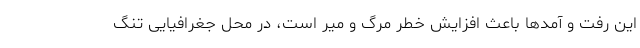
این رفت و آمدها باعث افزایش خطر مرگ و میر است، در محل جغرافیایی تنگ